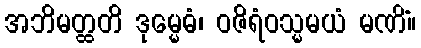
အဘိမတ္ထတိ ဒုမ္မေဓံ၊ ဝဇိရံဝသ္မမယံ မဏိံ။